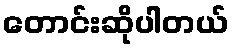
တောင်းဆိုပါတယ်